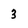
Character: 3